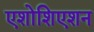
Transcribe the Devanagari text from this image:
एशोशिएशन